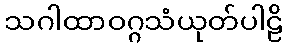
သဂါထာဝဂ္ဂသံယုတ်ပါဠိ